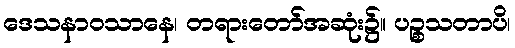
ဒေသနာဝသာနေ၊ တရားတော်အဆုံး၌။ ပဉ္စသတာပိ၊